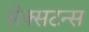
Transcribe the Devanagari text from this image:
सेक्सटन्स